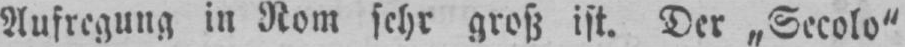
Aufregung in Rom sehr groß ist. Der „Secolo“